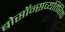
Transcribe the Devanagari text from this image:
बोसॉन्सव्यतिरिक्त